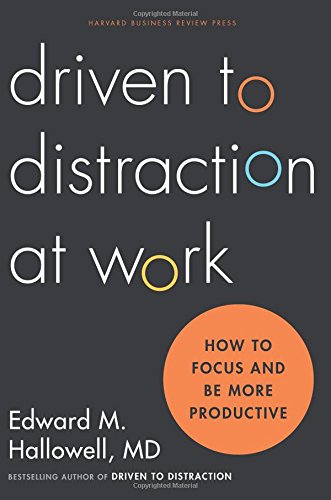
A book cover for Driven to Distraction at Work: How to Focus and Be More Productive; Ned Hallowell; Business & Money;